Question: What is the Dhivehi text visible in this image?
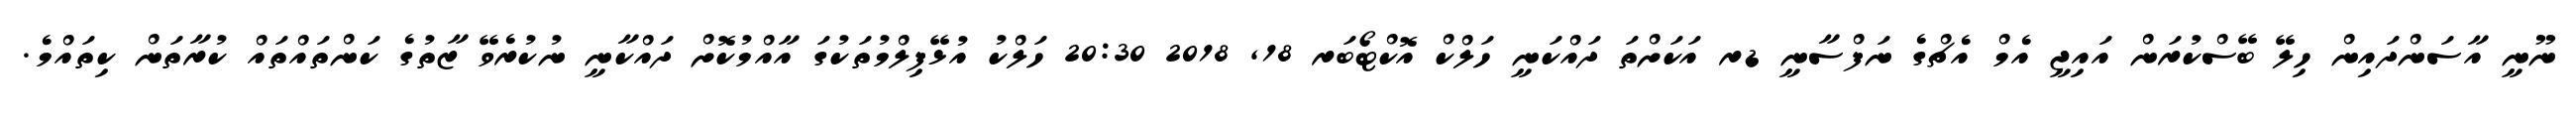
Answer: ނޫނީ އާސަންދައިން ހިލޭ ބޭސްކުރަން އައިޖީ އެމް އެޗްގެ ނަފްސާނީ ޑރ އަކަށްތަ ދައްކަނީ ހަލްކް އޮކްޓޯބަރ 18, 2018 20:30 ހަލްކު އުޅޭފިލްމުތަކުގަ އާއްމުކޮށް ދައްކާނީ ނުކުރެވޭ ޒާތުގެ ކަންތައްތައް ކުރާތަން ކިތައްމެ.